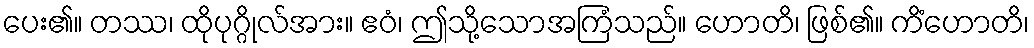
ပေး၏။ တဿ၊ ထိုပုဂ္ဂိုလ်အား။ ဧဝံ၊ ဤသို့သောအကြံသည်။ ဟောတိ၊ ဖြစ်၏။ ကိံဟောတိ၊